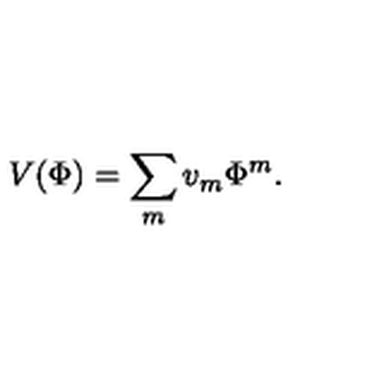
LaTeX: V ( \Phi ) = \sum _ { m } v _ { m } \Phi ^ { m } .